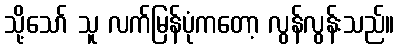
သို့သော် သူ လက်မြန်ပုံကတော့ လွန်လွန်းသည်။